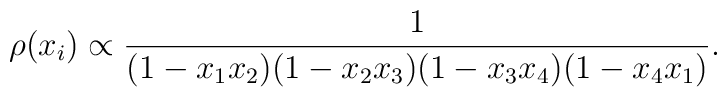
\rho(x_i)\propto\frac{1}{(1-x_1x_2)(1-x_2x_3)(1-x_3x_4)(1-x_4x_1)}.